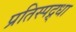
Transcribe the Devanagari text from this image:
प्रतिस्पद्र्धा